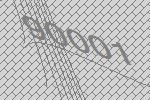
90001